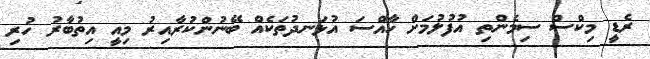
ރެޑީ މިކްސް ސިމެންތި އުފުލުމަށް ހާއްސަ އުޅަނދުތަކެއް ބޭނުންކުރާއިރު މިއީ އިތުބާރު ހުރި